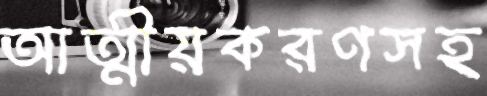
আত্মীয়করণসহ